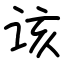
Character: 该